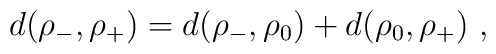
d(\rho_-,\rho_+)=d(\rho_-,\rho_0)+d(\rho_0,\rho_+)\ ,